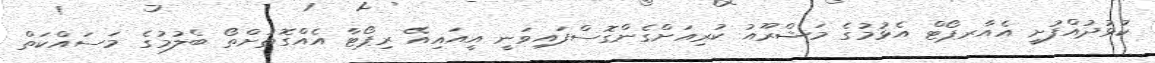
ކުޅުދުއްފުށީ އެއާރޕޯޓް އެޅުމުގެ މަޝްރޫއު ކުރިއަށްގެންގޮސްފައިވަނީ އީއައިއޭ ރިޕޯޓާ އެއްގޮތަށްތޯ ބެލުމުގެ މަސައްކަތް